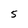
Character: 5